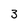
Character: 3